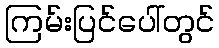
ကြမ်းပြင်ပေါ်တွင်